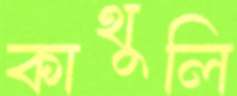
কাথুলি